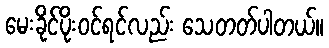
မေးခိုင်ပိုးဝင်ရင်လည်း သေတတ်ပါတယ်။